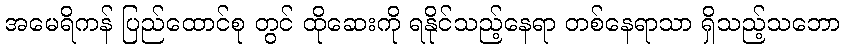
အမေရိကန် ပြည်ထောင်စု တွင် ထိုဆေးကို ရနိုင်သည့်နေရာ တစ်နေရာသာ ရှိသည့်သဘော